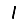
Digit: 1